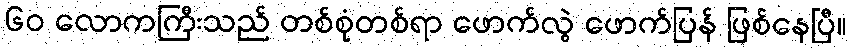
၆၀ လောကကြီးသည် တစ်စုံတစ်ရာ ဖောက်လွဲ ဖောက်ပြန် ဖြစ်နေပြီ။